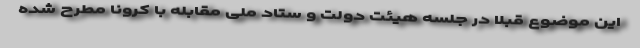
این موضوع قبلا در جلسه هیئت دولت و ستاد ملی مقابله با کرونا مطرح شده